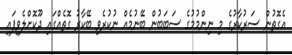
އެގޮތުން ސަރުކާރުގެ މި ނިންމުމުގެ ސަބަބުން ބޭނުމެއް ނުކުރެވި ބޭކާރު ގޮތެއްގައި ދޫކޮށްލެވިފައި